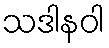
သဒါနဝါ